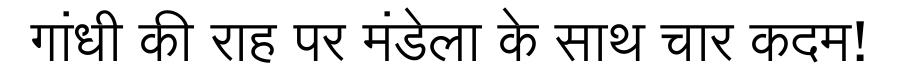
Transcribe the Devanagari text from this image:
गांधी की राह पर मंडेला के साथ चार कदम!